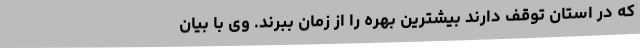
که در استان توقف دارند بیشترین بهره را از زمان ببرند. وی با بیان